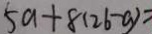
5 a + 8 ( 2 6 - a ) =